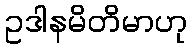
ဥဒါနမိတိမာဟု